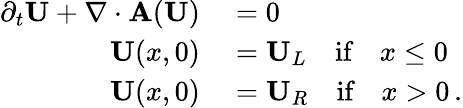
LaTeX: \begin{array}{rl}{\partial_{{t}}{\mathbf U}+\nabla\cdot{\mathbf A}({\mathbf U})}&{{}=0}\\ {{\mathbf U}(x,0)}&{{}={\mathbf U}_{L}\quad\textrm{if}\quad x\leq 0}\\ {{\mathbf U}(x,0)}&{{}={\mathbf U}_{R}\quad\textrm{if}\quad x>0\, .}\end{array}